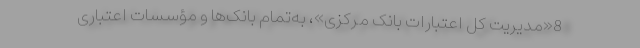
8«مدیریت کل اعتبارات بانک مرکزی»، به‌تمام بانک‌ها و مؤسسات اعتباری